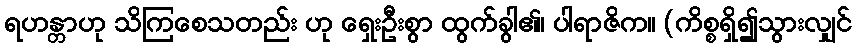
ရဟန္တာဟု သိကြစေသတည်း ဟု ရှေးဦးစွာ ထွက်ခွါ၏၊ ပါရာဇိက။ (ကိစ္စရှိ၍သွားလျှင်